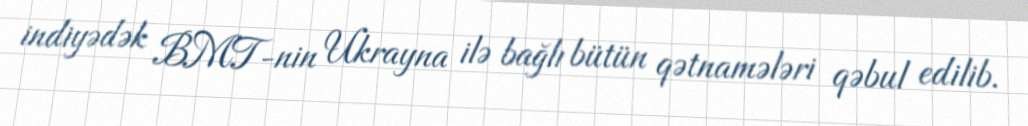
indiyədək BMT-nin Ukrayna ilə bağlı bütün qətnamələri qəbul edilib.